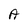
Character: A